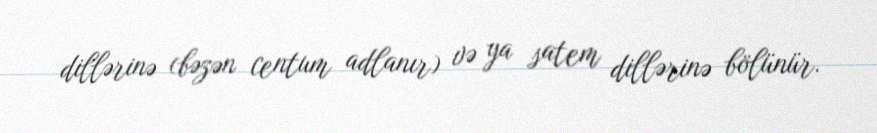
dillərinə (bəzən centum adlanır) və ya satem dillərinə bölünür.